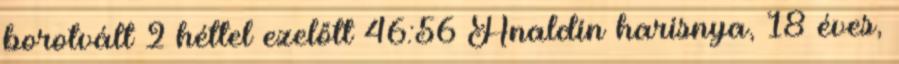
borotvált 2 héttel ezelőtt 46:56 Analdin harisnya, 18 éves,